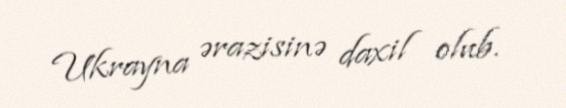
Ukrayna ərazisinə daxil olub.